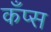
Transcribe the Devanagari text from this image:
कँप्स